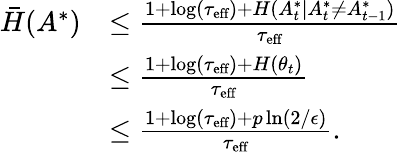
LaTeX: \begin{array}{rl}{\bar{H}(A^{*})}&{\leq\frac{1+\log(\tau_{\textup{eff}})+H(A_{t}^{*}|A_{t}^{*}\ne A_{t-1}^{*})}{\tau_{\textup{eff}}}}\\ &{\leq\frac{1+\log(\tau_{\textup{eff}})+H(\theta_{t})}{\tau_{\textup{eff}}}}\\ &{\leq\frac{1+\log(\tau_{\textup{eff}})+p\ln(2/\epsilon)}{\tau_{\textup{eff}}}.}\end{array}